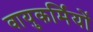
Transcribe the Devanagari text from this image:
वायुकर्मियों